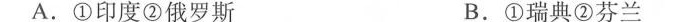
A.①印度②俄罗斯 B.①瑞典②芬兰